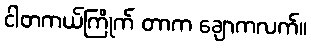
ငါတကယ်ကြိုက် တာက ချောကလက်။